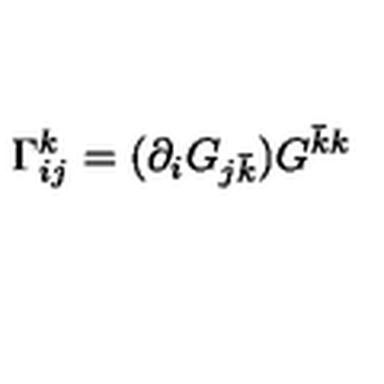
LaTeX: \Gamma _ { i j } ^ { k } = ( \partial _ { i } G _ { j { \bar { k } } } ) G ^ { { \bar { k } } k }